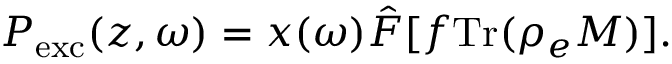
P _ { \mathrm { e x c } } ( z , \omega ) = x ( \omega ) \hat { F } [ f \mathrm { T r } ( \rho _ { e } M ) ] .